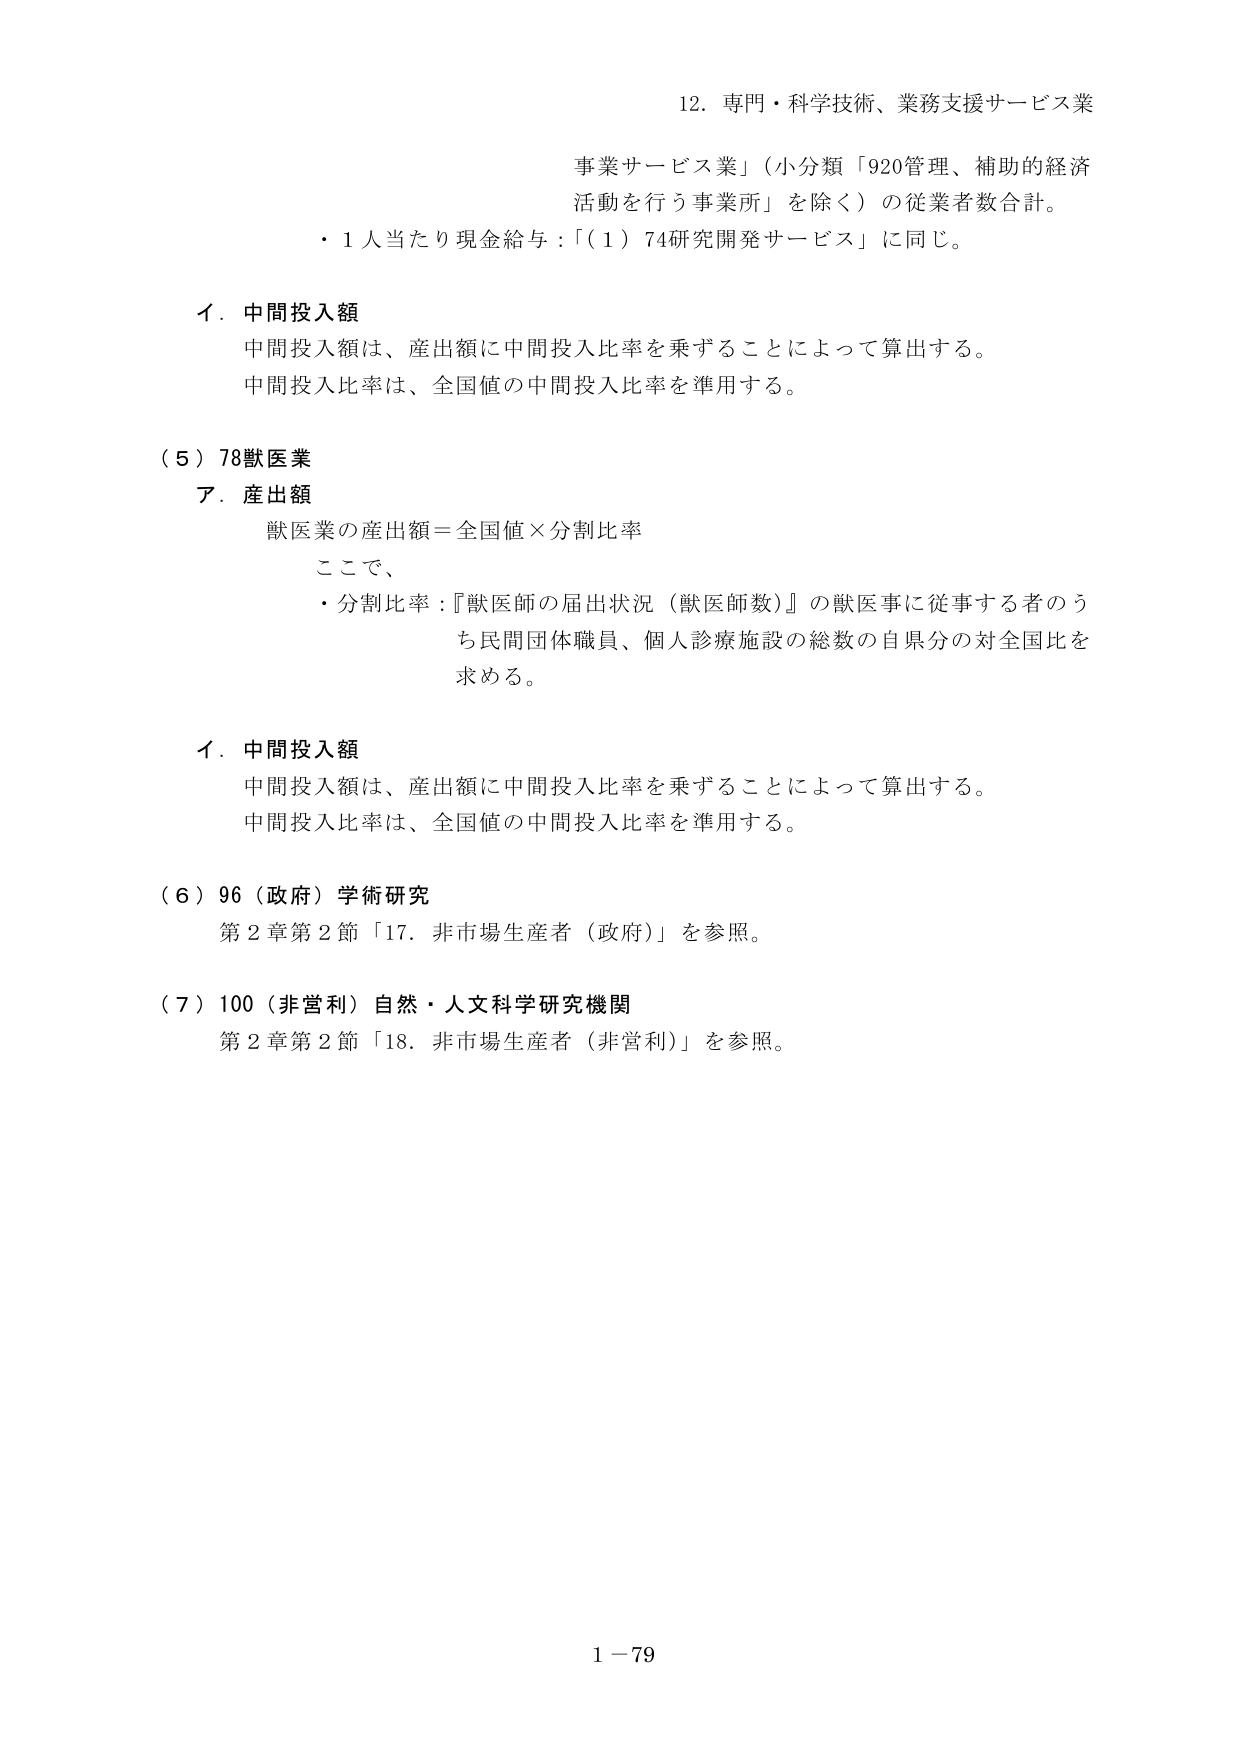
12. 専門・科学技術、業務支援サービス業
事業サービス業」（小分類「920管理、補助的経済活動を行う事業所」を除く）の従業者数合計。
・1人当たり現金給与：「（1）74研究開発サービス」に同じ。

イ．中間投入額
中間投入額は、産出額に中間投入比率を乗ずることによって算出する。
中間投入比率は、全国値の中間投入比率を準用する。

（5）78獣医業
ア．産出額
獣医業の産出額＝全国値×分割比率
ここで、
・分割比率：『獣医師の届出状況（獣医師数）』の獣医事に従事する者のうち民間団体職員、個人診療施設の総数の自県分の対全国比を求める。

イ．中間投入額
中間投入額は、産出額に中間投入比率を乗ずることによって算出する。
中間投入比率は、全国値の中間投入比率を準用する。

（6）96（政府）学術研究
第2章第2節「17．非市場生産者（政府）」を参照。

（7）100（非営利）自然・人文科学研究機関
第2章第2節「18．非市場生産者（非営利）」を参照。

1－79